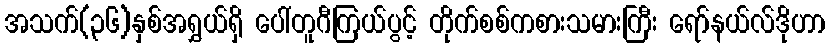
အသက်(၃၆)နှစ်အရွှယ်ရှိ ပေါ်တူဂီကြယ်ပွင့် တိုက်စစ်ကစားသမားကြီး ရော်နယ်လ်ဒိုဟာ